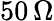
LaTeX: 50\, \Omega